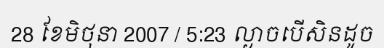
28 ខែមិថុនា 2007 / 5:23 ល្ងាចបើសិនដូច